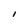
Character: I